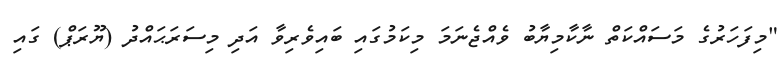
"މިފަހަރުގެ މަސައްކަތް ނާކާމިޔާބު ވެއްޖެނަމަ މިކަމުގައި ބައިވެރިވާ އަދި މިސަރަޙައްދު (ޔޫރަޕް) ގައި